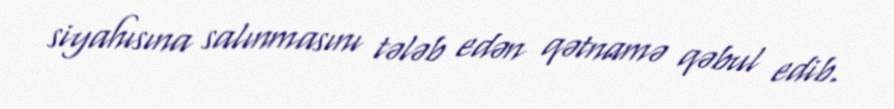
siyahısına salınmasını tələb edən qətnamə qəbul edib.